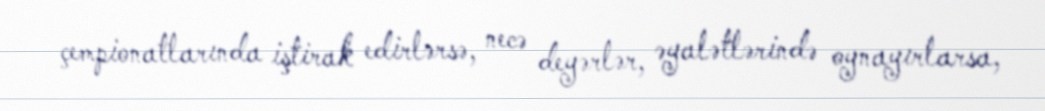
çempionatlarında iştirak edirlərsə, necə deyərlər, əyalətlərində oynayırlarsa,